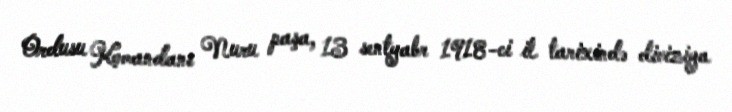
Ordusu Komandanı Nuru paşa, 13 sentyabr 1918-ci il tarixində diviziya